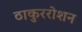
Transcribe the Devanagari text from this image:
ठाकुररोशन